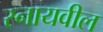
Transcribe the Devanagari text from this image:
स्नायवील